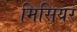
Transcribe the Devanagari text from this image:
मिसियर